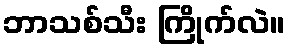
ဘာသစ်သီး ကြိုက်လဲ။